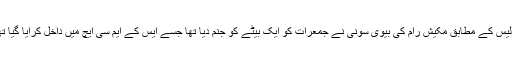
پولیس کے مطابق مکیش رام کی بیوی سونی نے جمعرات کو ایک بیٹے کو جنم دیا تھا جسے ایس کے ایم سی ایچ میں داخل کرایا گیا تھا۔